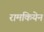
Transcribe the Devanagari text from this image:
रामकियेन